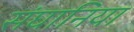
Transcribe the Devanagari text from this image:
संघानिया